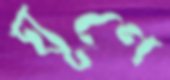
ঘূণে